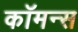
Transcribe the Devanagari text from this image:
कॉमन्‍स